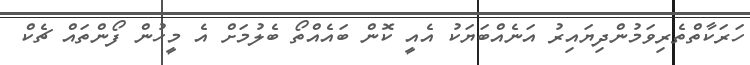
ހަރަކާތްތެރިވަމުންދިޔައިރު އަނެއްބަޔަކު އެއީ ކޮން ބައެއްތޯ ބެލުމަށް އެ މީހުން ފޯންތައް ޗެކް